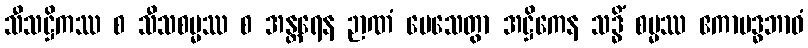
သီသဋ္ဌိကဿ စ သီသစမ္မဿ စ အန္တရေန ဉာဏံ ပေသေတွာ အဋ္ဌိကေန သဒ္ဓိံ စမ္မဿ ဧကာဗဒ္ဓဘာဝံ